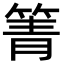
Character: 箐